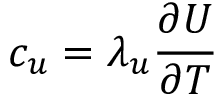
c _ { u } = \lambda _ { u } \frac { \partial U } { \partial T }